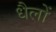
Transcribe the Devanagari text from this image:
धैलों